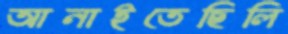
আনাইতেছিলি